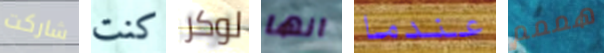
شاركت كنت لوكر انها عندما هممم